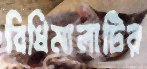
বিধিমালাটির